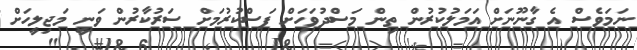
ނަމަވެސް އެ ގާނޫނަށް އަމަލުކުރުން ތިން މަސްދުވަހަށް ފަސްކުރުމަށް ސަރުކާރުން ވަނީ މަޖިލީހަށް